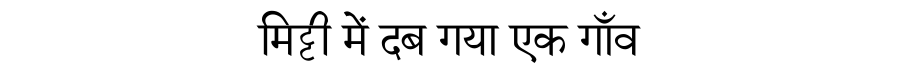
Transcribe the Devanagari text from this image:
मिट्टी में दब गया एक गाँव